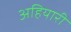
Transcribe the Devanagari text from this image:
अहियारी